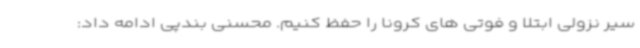
سیر نزولی ابتلا و فوتی های کرونا را حفظ کنیم. محسنی بندپی ادامه داد: